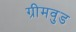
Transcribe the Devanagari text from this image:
ग्रीमवुड